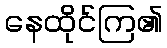
နေထိုင်ကြ၏